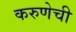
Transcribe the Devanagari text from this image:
करुणेची